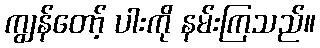
ကျွန်တော့် ပါးကို နမ်းကြသည်။